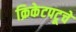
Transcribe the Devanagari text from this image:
क्रिकेटपटूचे